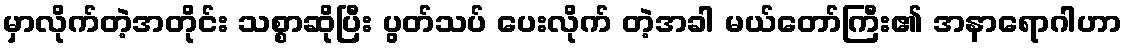
မှာလိုက်တဲ့အတိုင်း သစ္စာဆိုပြီး ပွတ်သပ် ပေးလိုက် တဲ့အခါ မယ်တော်ကြီး၏ အနာရောဂါဟာ